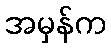
အမှန်က